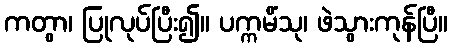
ကတွာ၊ ပြုလုပ်ပြီး၍။ ပက္ကမိံသု၊ ဖဲသွားကုန်ပြီ။